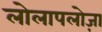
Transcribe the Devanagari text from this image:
लोलापलोज़ा